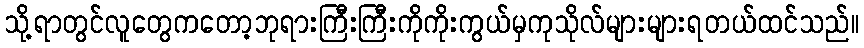
သို့ရာတွင်လူတွေကတော့ဘုရားကြီးကြီးကိုကိုးကွယ်မှကုသိုလ်များများရတယ်ထင်သည်။